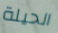
الحيلة